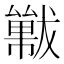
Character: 𱮩